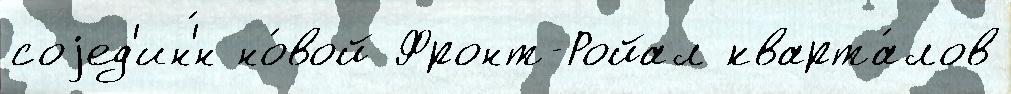
соjед'ин'́н но́вой Фронт-Ройал кварта́лов